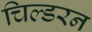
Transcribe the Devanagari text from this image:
चिल्डरन